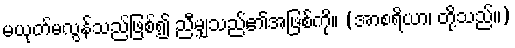
မယုတ်မလွန်သည်ဖြစ်၍ ညီမျှသည်၏အဖြစ်ကို။ (အာစရိယာ၊ တို့သည်။)